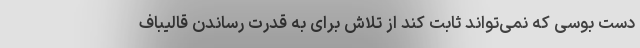
دست بوسی که نمی‌تواند ثابت کند از تلاش برای به قدرت رساندن قالیباف